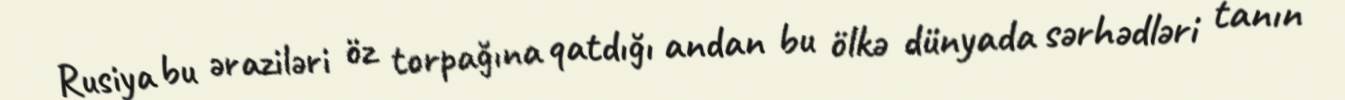
Rusiya bu əraziləri öz torpağına qatdığı andan bu ölkə dünyada sərhədləri tanın